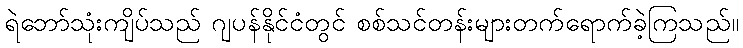
ရဲဘော်သုံးကျိပ်သည် ဂျပန်နိုင်ငံတွင် စစ်သင်တန်းများတက်ရောက်ခဲ့ကြသည်။